Report on vaccination in Madras 1895-1903 - 1895-1903
Year: 1895
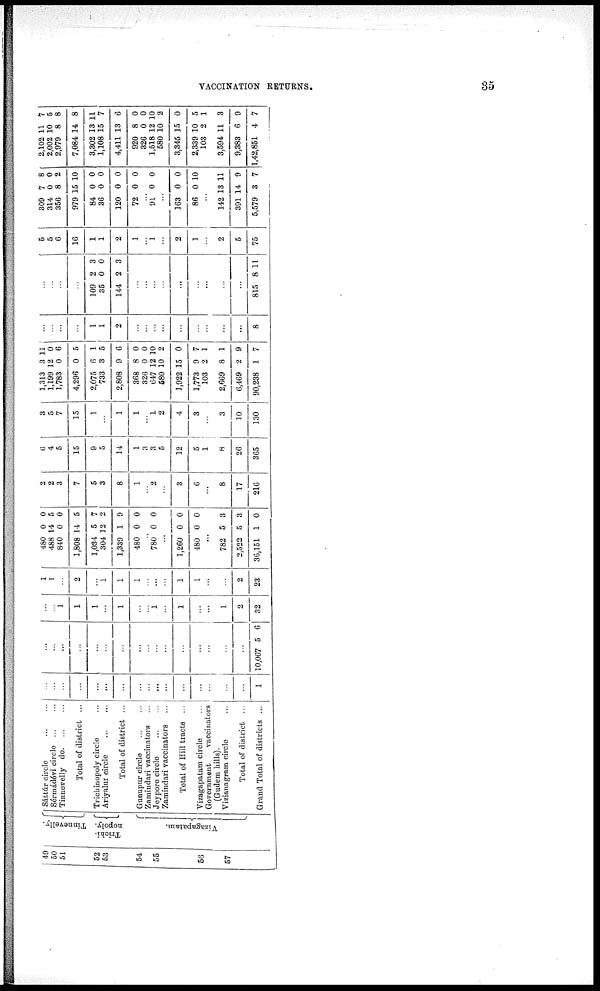
VACCINATION RETURNS.
35
49
50
51
52
53
54
55
56
57
Tinnevelly.
Trichi-
nopoly.
Vizagapatam.
Sáttúr circle
...
...
Sérmádévi circle
...
...
Tinnevelly
do. ... ...
Total of district ...
Trichinopoly circle ...
Ariyalur circle
...
...
Total of district ...
Gunupur circle ... ...
Zamindari vaccinators ...
Jeypore circle
...
...
Zamindari vaccinators ...
Total of Hill tracts ...
Vizagapatam circle ...
Government
vaccinators
(Gudem hills).
Vizianagram circle ...
Total of district ...
Grand Total of districts ...
...
...
...
...
...
...
...
...
...
...
...
...
...
...
...
...
1
...
...
...
...
...
...
...
...
... ...
...
...
...
...
...
...
10,067 5 6
...
... 1
1
1
...
1
...
... 1
...
1
...
...
1
2
32
1
1
...
2
...
1
1
1
...
...
...
1
1
...
...
2
23
480
488
840
1,808
1,034
304
1,339
480
0
14
0
14
5
12
1
0
0
5
0
5
7
2
9
0
... 780 0 0
...
1,260
480
0
0
0
0
...
782
2,522
36,151
5
5
1
3
3
0
2
2
3
7
5
3
8
1
... 2
...
3
6
...
8
17
216
6
4
5
15
9
5
14
1
3
3
5
12
5
1
8
26
365
3
5
7
15
1
...
1
1
...
1
2
4
3
...
3
10
130
1,313
1,199
1,783
4,296
2,075
733
2,808
368
326
647
580
1,922
1,773
103
2,669
6,469
90,238
3
12
0
0
6
3
9
8
0
12
10
15
9
2
8
2
1
11
0
6
5
1
5
6
0
0
10
2
0
7
1
1
9
7
...
...
...
...
1
1
2
...
...
...
...
...
...
...
...
...
8
...
...
...
...
109
35
144
2
0
2
3
0
3
...
...
...
...
...
...
...
...
...
815 8 11
5
5
6
16
1
1
2
1
... 1
...
2
1
...
2
5
75
309
314
356
979
84
36
120
72
7
0
8
15
0
0
0
0
8
0
2
10
0
0
0
0
...
91 0 0
...
163
86
0
0
0
10
...
142
391
5,579
13
14
3
11
9
7
2,102
2,002
2,979
7,084
3,302
1,108
4,411
920
326
1,518
580
3,345
2,339
103
3,594
9,383
1,42,851
11
10
8
14
13
15
13
8
0
12
10
15
10
2
11
6
4
7
5
8
8
11
7
6
0
0
10
2
0
5
1
3
9
7